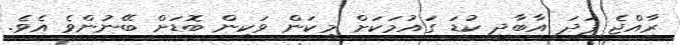
ރާއްޖެ ފަދަ އާބާދީ ކުޑަ ގައުމަކަށް މިކަން ވަކިން ބޮޑަށް ބޭނުންވެ އެވެ.